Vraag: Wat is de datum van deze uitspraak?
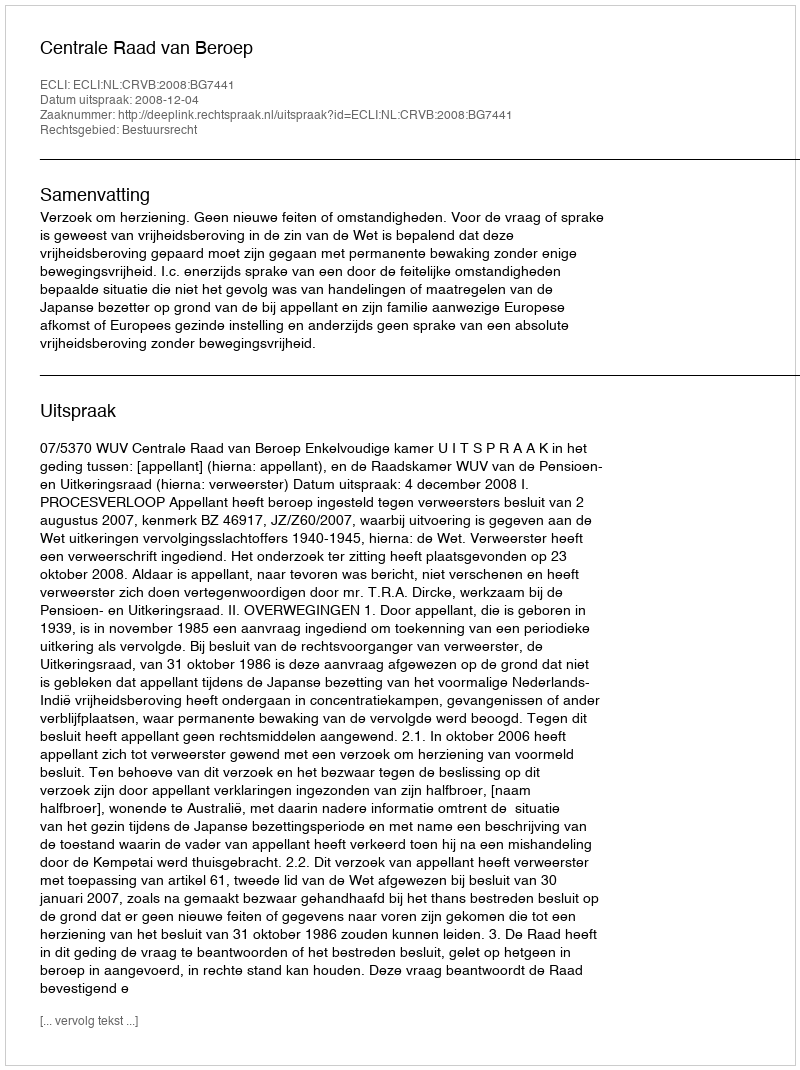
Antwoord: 2008-12-04